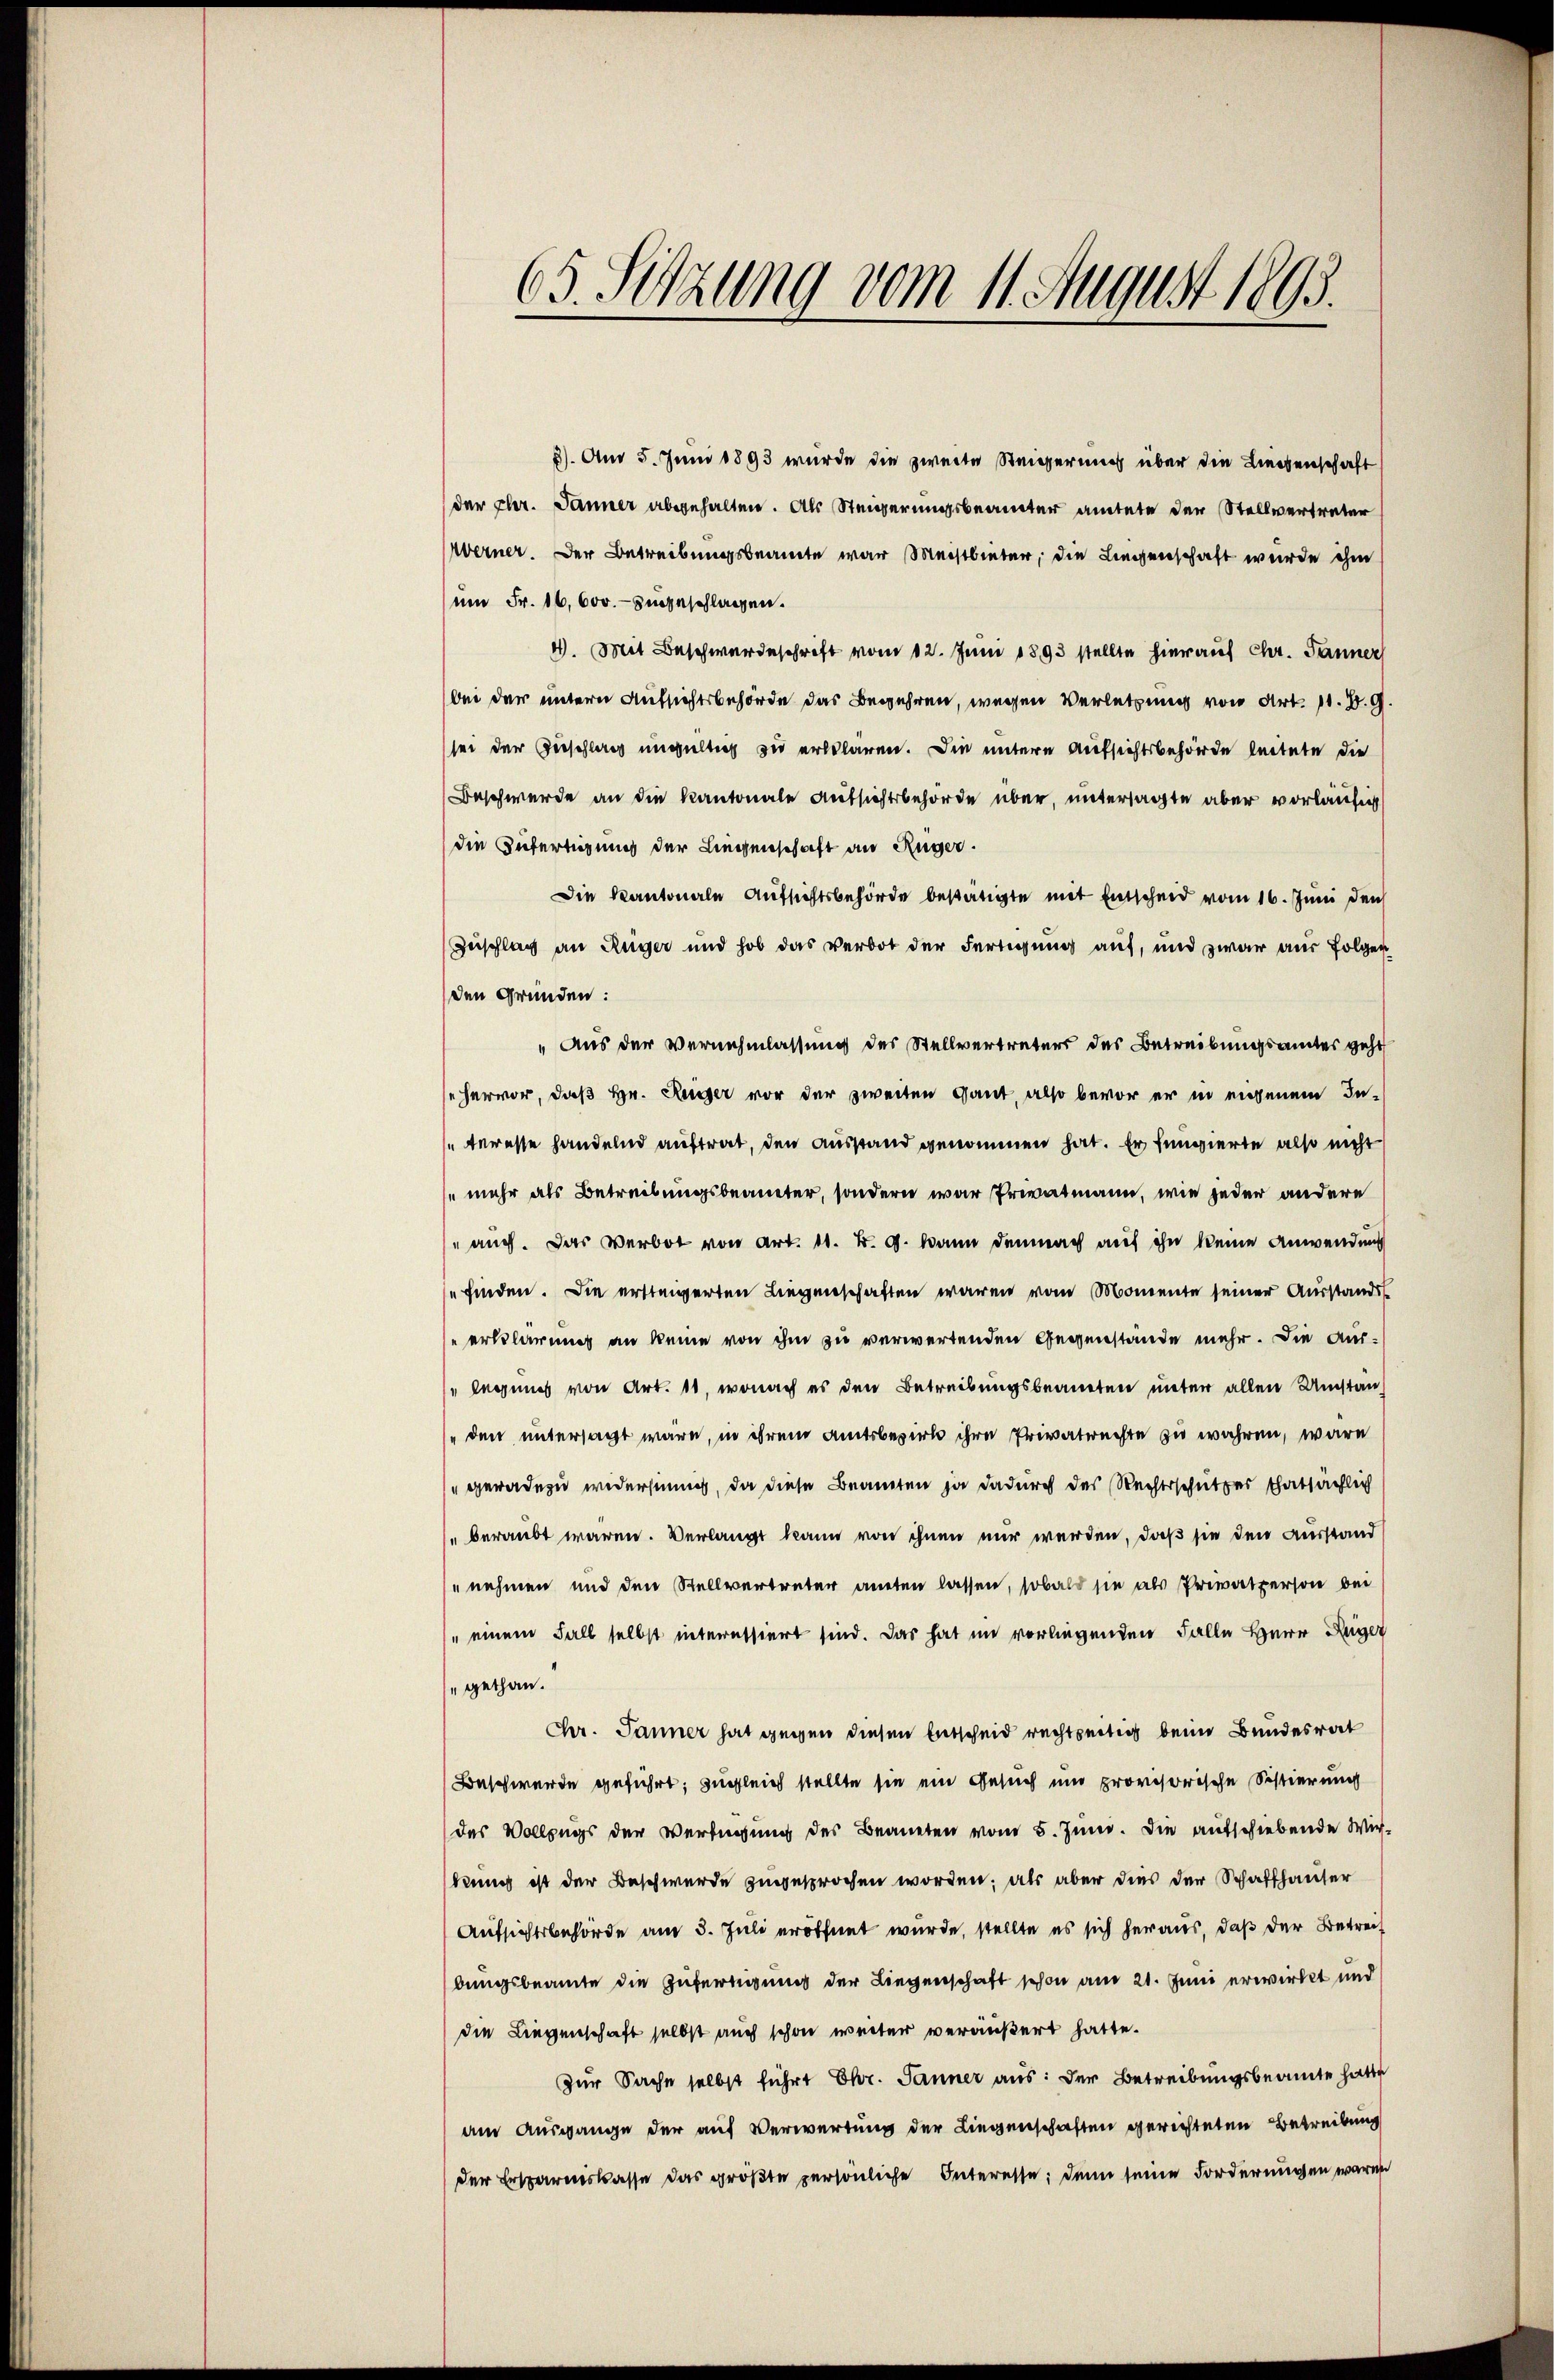
65. Setzung vom 11. August 1805.

8). Am 5. Juni 1893 wurde die zweite Steigerung über die Liegenschaft
der Ehr. Jänner abgehalten. Als Steigerungsbeamter amtete der Stellvertreter
Werner. Der Betreibungsbeamte war Meistbieter, die Liegenschaft wurde ihm
um Fr. 16,000.- eingeschlagen.
4. Mit Beschwerdeschrift vom 12. Juni 1893 stellte hierauf Chr. Jänner
bei der untern Aufsichtsbehörde das Begehren, wegen Verletzung von Art. 11. d. 9
sei der Zuschlag ungültig zu erklären. Die untere Aufsichtsbehörde leitete die
Beschwerde an die Kantonale Aufsichtsbehörde über, untersagte aber vorläufig
die Zufertigung der Liegenschaft an Rüger.
Die Kantonale Aufsichtsbehörde bestätigte mit Einscheid vom 16. Juni den
Zuschlag an Rüger und hob das verbot der Fertigung auf, und zwar aus folgen
den Gründen:
"Aus der Vernehmlassung des Stellvertreters des Betreibungsamtes geht
hervor, daß Hr. Reger vor der zweiten Gant, also bevor er in eigenem In-
teresse handelnd auftrat, den Ausstand genommen hat. Er fungierte also nicht
mehr als Betreibungsbeamter, sondern war Privatmann, wie jeder andere
" auch. Das Verbot von Art. 11. d. 9. Mann demnach auf ihn keine Anwendung
efinden. Die ersteigerten Liegenschaften waren vom Momente seiner Ausstands
erklärung an keine von ihm zu verwertenden Gegenstände mehr. Die Aus-
" legenes von Art. 11, wonach es den Betreibungsbeanten unter allen Umstan
den untersagt wäre, in ihrem Amtsbezirk ihre Privatrechte zu wahren, wäre
geradezu widersinnig, da diese Beamten ja dadurch des Rechtsschutzer thatsächlich
beraubt waren. Verlangt kann von ihnen mir werden, daß sie den Ausstand
"nehmen und den Stellvertreter aneten lassen, sobald sie als Privatperson bei
" einem Fall selbst interessiert sind. Das hat im vorliegenden Falle Herr Reger
gethan.
Fr. Jänner hat gegen diesen Entscheid rechtseitig beim Bundesrat
Beschwerde geführt; zugleich stellte sie ein Gesuch und provisorische Sistierung
das Vollzugs der Verfügung des Beaneten vom 5. Juni. Die aufschiebende Wir-
kung ist der Beschwerde zugesprochen worden; als aber dies der Schaffhauser
Aufsichtsbehörde am 5. Juli eröffnet wurde, stellte es sich heraus, daß der Betreif
bungsbeamte die Zufertigung der Liegenschaft schon am 21. Juni erwirkt und
die Liegenschaft selbst auch schon weiter veräußert hatte.
zur Sache selbst führt Ehr. Jänner aus: der Betreibungsbeamte hatte
am Ausgange der auf Verwertung der Liegenschaften gerichteten Betreibung
der Ersparenskasse das größte persönliche Interesse; dann seine Forderungen waren